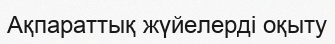
Ақпараттық жүйелерді оқыту